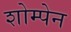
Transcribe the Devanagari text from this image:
शोम्पेन